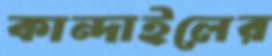
কান্দাইলের